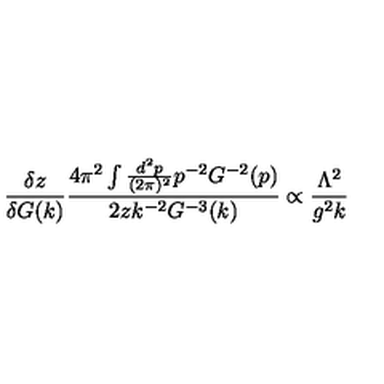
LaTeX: \frac { \delta z } { \delta G ( k ) } \frac { 4 \pi ^ { 2 } \int \frac { d ^ { 2 } p } { ( 2 \pi ) ^ { 2 } } p ^ { - 2 } G ^ { - 2 } ( p ) } { 2 z k ^ { - 2 } G ^ { - 3 } ( k ) } \propto \frac { \Lambda ^ { 2 } } { g ^ { 2 } k }